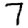
Digit: 7